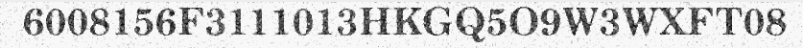
6008156F3111013HKGQ5O9W3WXFT08